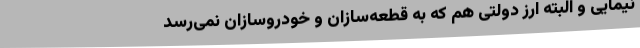
نیمایی و البته ارز دولتی هم که به قطعه‌سازان و خودروسازان نمی‌رسد